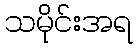
သမိုင်းအရ